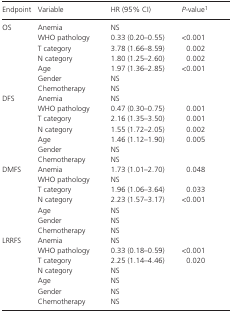
<table><thead><tr><td><b>Endpoint</b></td><td><b>Variable</b></td><td><b>HR (95% CI)</b></td><td><b><i>P</i>‐valuea</b></td></tr></thead><tbody><tr><td rowspan="7">OS</td><td>Anemia</td><td>NS</td><td></td></tr><tr><td>WHO pathology</td><td>0.33 (0.20–0.55)</td><td>&lt;0.001</td></tr><tr><td>T category</td><td>3.78 (1.66–8.59)</td><td>0.002</td></tr><tr><td>N category</td><td>1.80 (1.25–2.60)</td><td>0.002</td></tr><tr><td>Age</td><td>1.97 (1.36–2.85)</td><td>&lt;0.001</td></tr><tr><td>Gender</td><td>NS</td><td></td></tr><tr><td>Chemotherapy</td><td>NS</td><td></td></tr><tr><td rowspan="7">DFS</td><td>Anemia</td><td>NS</td><td></td></tr><tr><td>WHO pathology</td><td>0.47 (0.30–0.75)</td><td>0.001</td></tr><tr><td>T category</td><td>2.16 (1.35–3.50)</td><td>0.001</td></tr><tr><td>N category</td><td>1.55 (1.72–2.05)</td><td>0.002</td></tr><tr><td>Age</td><td>1.46 (1.12–1.90)</td><td>0.005</td></tr><tr><td>Gender</td><td>NS</td><td></td></tr><tr><td>Chemotherapy</td><td>NS</td><td></td></tr><tr><td rowspan="7">DMFS</td><td>Anemia</td><td>1.73 (1.01–2.70)</td><td>0.048</td></tr><tr><td>WHO pathology</td><td>NS</td><td></td></tr><tr><td>T category</td><td>1.96 (1.06–3.64)</td><td>0.033</td></tr><tr><td>N category</td><td>2.23 (1.57–3.17)</td><td>&lt;0.001</td></tr><tr><td>Age</td><td>NS</td><td></td></tr><tr><td>Gender</td><td>NS</td><td></td></tr><tr><td>Chemotherapy</td><td>NS</td><td></td></tr><tr><td rowspan="7">LRRFS</td><td>Anemia</td><td>NS</td><td></td></tr><tr><td>WHO pathology</td><td>0.33 (0.18–0.59)</td><td>&lt;0.001</td></tr><tr><td>T category</td><td>2.25 (1.14–4.46)</td><td>0.020</td></tr><tr><td>N category</td><td>NS</td><td></td></tr><tr><td>Age</td><td>NS</td><td></td></tr><tr><td>Gender</td><td>NS</td><td></td></tr><tr><td>Chemotherapy</td><td>NS</td><td></td></tr></tbody></table>